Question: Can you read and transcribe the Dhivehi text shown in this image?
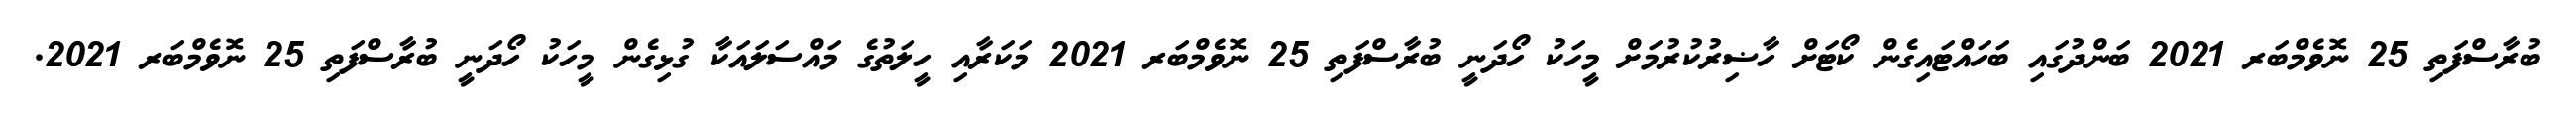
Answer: ބުރާސްފަތި 25 ނޮވެމްބަރ 2021 ބަންދުގައި ބަހައްޓައިގެން ކޯޓަށް ހާޟިރުކުރުމަށް މީހަކު ހޯދަނީ ބުރާސްފަތި 25 ނޮވެމްބަރ 2021 މަކަރާއި ހީލަތުގެ މައްސަލައަކާ ގުޅިގެން މީހަކު ހޯދަނީ ބުރާސްފަތި 25 ނޮވެމްބަރ 2021.